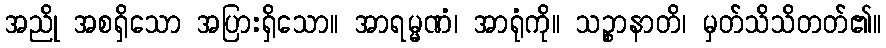
အညို အစရှိသော အပြားရှိသော။ အာရမ္မဏံ၊ အာရုံကို။ သဉ္စာနာတိ၊ မှတ်သိသိတတ်၏။